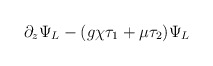
\begin{align*}\partial_z \Psi_L - (g\chi\tau_1 + \mu\tau_2) \Psi_L\end{align*}